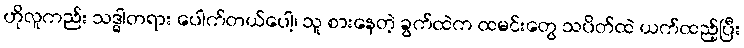
ဟိုလူကည်း သဒ္ဓါတရား ပေါက်တယ်ပေါ့၊ သူ စားနေတဲ့ ခွက်ထဲက ထမင်းတွေ သပိတ်ထဲ ယက်ထည့်ပြီး